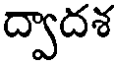
ద్వాదశ